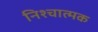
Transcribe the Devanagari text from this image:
निश्चात्मक